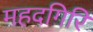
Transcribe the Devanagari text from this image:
महदगिरि